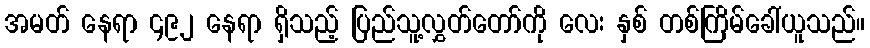
အမတ် နေရာ ၄၉၂ နေရာ ရှိသည့် ပြည်သူ့လွှတ်တော်ကို လေး နှစ် တစ်ကြိမ်ခေါ်ယူသည်။